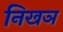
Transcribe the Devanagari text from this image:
निखञ